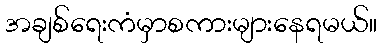
အချစ်ရေးကံမှာစကားများနေရမယ်။